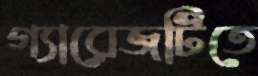
গ্যারেজটিতে